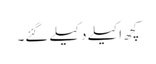
کچھ اکیلے دکیلے گئے۔